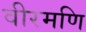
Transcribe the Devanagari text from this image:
वीरमणि